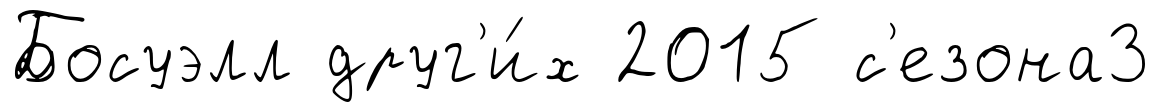
Босуэлл друг'и́х 2015 с'езона3